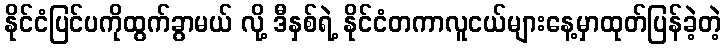
နိုင်ငံပြင်ပကိုထွက်ခွာမယ် လို့ ဒီနှစ်ရဲ့ နိုင်ငံတကာလူငယ်များနေ့မှာထုတ်ပြန်ခဲ့တဲ့